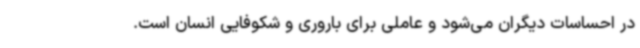
در احساسات دیگران می‌شود و عاملی برای باروری و شکوفایی انسان است.